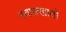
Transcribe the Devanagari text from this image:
स्वाक्खातो